Civil Veterinary Dept. North-West Frontier Province 1923-32 - 1923-1932
Year: 1923
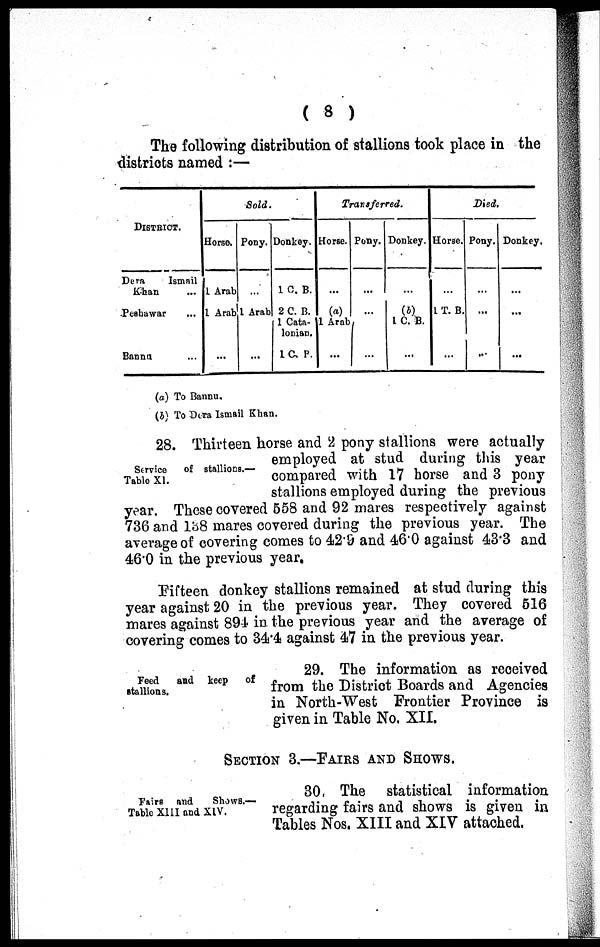
( 8 )
The following distribution of stallions took place in the
districts named :—
DISTRICT.
Dera
Ismail
Khan ...
Peshawar ...
Bannu ...
Sold.
Horse.
1 Arab
1 Arab
...
Pony.
...
1 Arab
...
Donkey.
1 C. B.
2 C. B.
1 Cata-
lonian.
1 C. P.
Transferred.
Horse.
...
(a)
1 Arab
...
Pony.
...
...
...
Donkey.
...
(b)
1 C. B.
...
Died.
Horse.
...
1 T. B.
...
Pony.
...
...
...
Donkey.
...
...
(a) To Bannu.
(b) To Dera Ismail Khan.
Service of stallions.—
Table XI.
28. Thirteen horse and 2 pony stallions were actually
employed at stud during this year
compared with 17 horse and 3 pony
stallions employed during the previous
year. These covered 558 and 92 mares respectively against
736 and 138 mares covered during the previous year. The
average of covering comes to 42.9 and 46.0 against 43.3 and
46.0 in the previous year.
Fifteen donkey stallions remained at stud during this
year against 20 in the previous year. They covered 516
mares against 894 in the previous year and the average of
covering comes to 34.4 against 47 in the previous year.
Feed
and keep
of
stallions.
29. The information as received
from the District Boards and Agencies
in North-West Frontier Province is
given in Table No. XII.
SECTION 3.—FAIRS AND SHOWS.
Fairs and
Shows.—
Table XIII and XIV.
30 The statistical information
regarding fairs and shows is given in
Tables Nos. XIII and XIV attached.